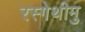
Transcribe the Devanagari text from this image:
रस्गेथीमु